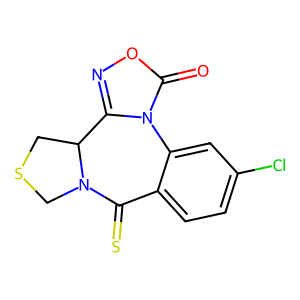
SMILES: O=c1onc2n1-c1cc(Cl)ccc1C(=S)N1CSCC21
Inhibits HIV replication: No